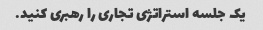
یک جلسه استراتژی تجاری را رهبری کنید.